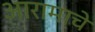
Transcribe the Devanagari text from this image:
आरामाचे